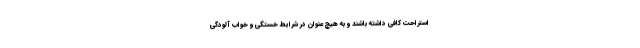
استراحت کافی داشته باشند و به هیچ عنوان در شرایط خستگی و خواب آلودگی